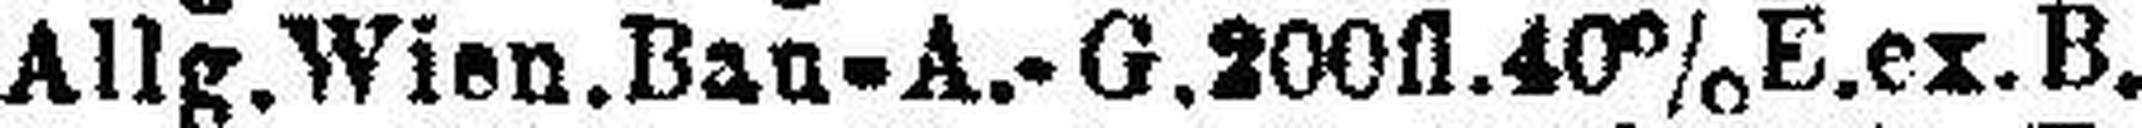
Allg. Wien. Bau-A.-G.200fl.40%E.ex.B.